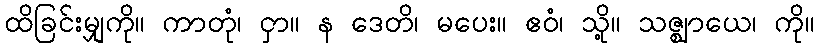
ထိခြင်းမျှကို။ ကာတုံ၊ ငှာ။ န ဒေတိ၊ မပေး။ ဧဝံ၊ သို့။ သဇ္ဈာယေ၊ ကို။